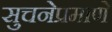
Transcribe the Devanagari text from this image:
सुचनेप्रमाणे